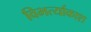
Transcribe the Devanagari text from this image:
विभर्त्याकाश